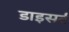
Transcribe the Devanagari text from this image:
डाइसर्ट